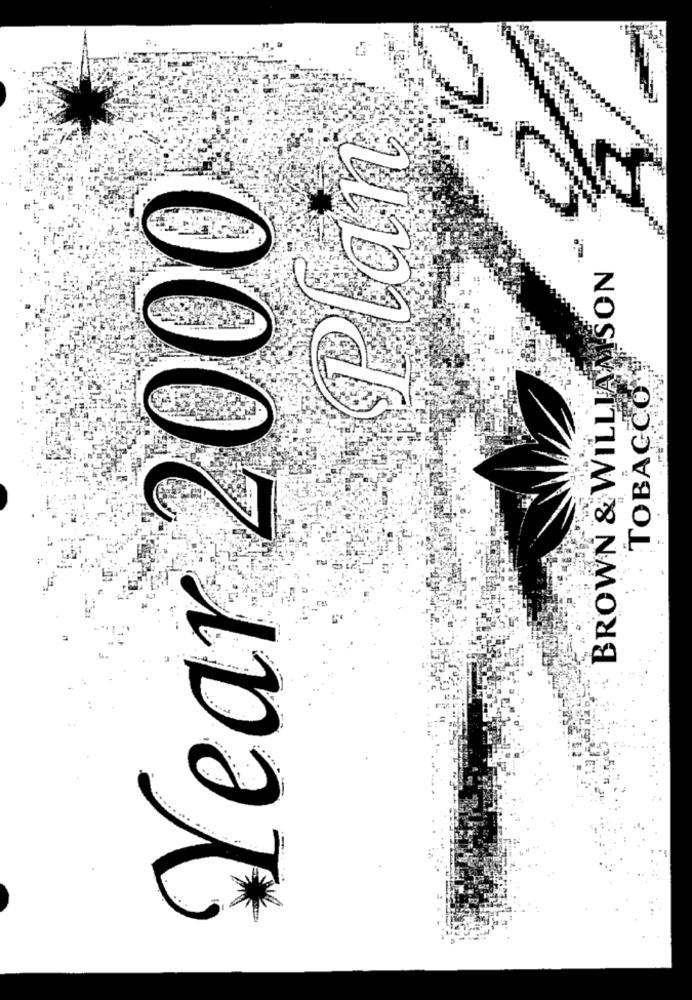
Plan
Year 2000
BROWN & WILLIAMSON
TOBACCO